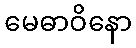
မေဓာဝိနော